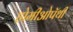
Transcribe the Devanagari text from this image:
होमीओपॅथी